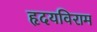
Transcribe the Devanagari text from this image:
हृदयविराम